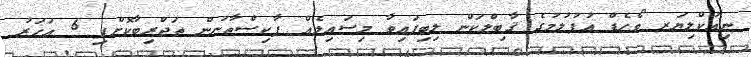
ނިއުކްލިޔަރ ވޯހެޑް އުފުލުމުގެ ޤާބިލްކަން ލިބިފައިވާ މިސައިލެއް ޕާކިސްތާނުން ތަޖްރިބާކޮށްފި 6 އަހަރު